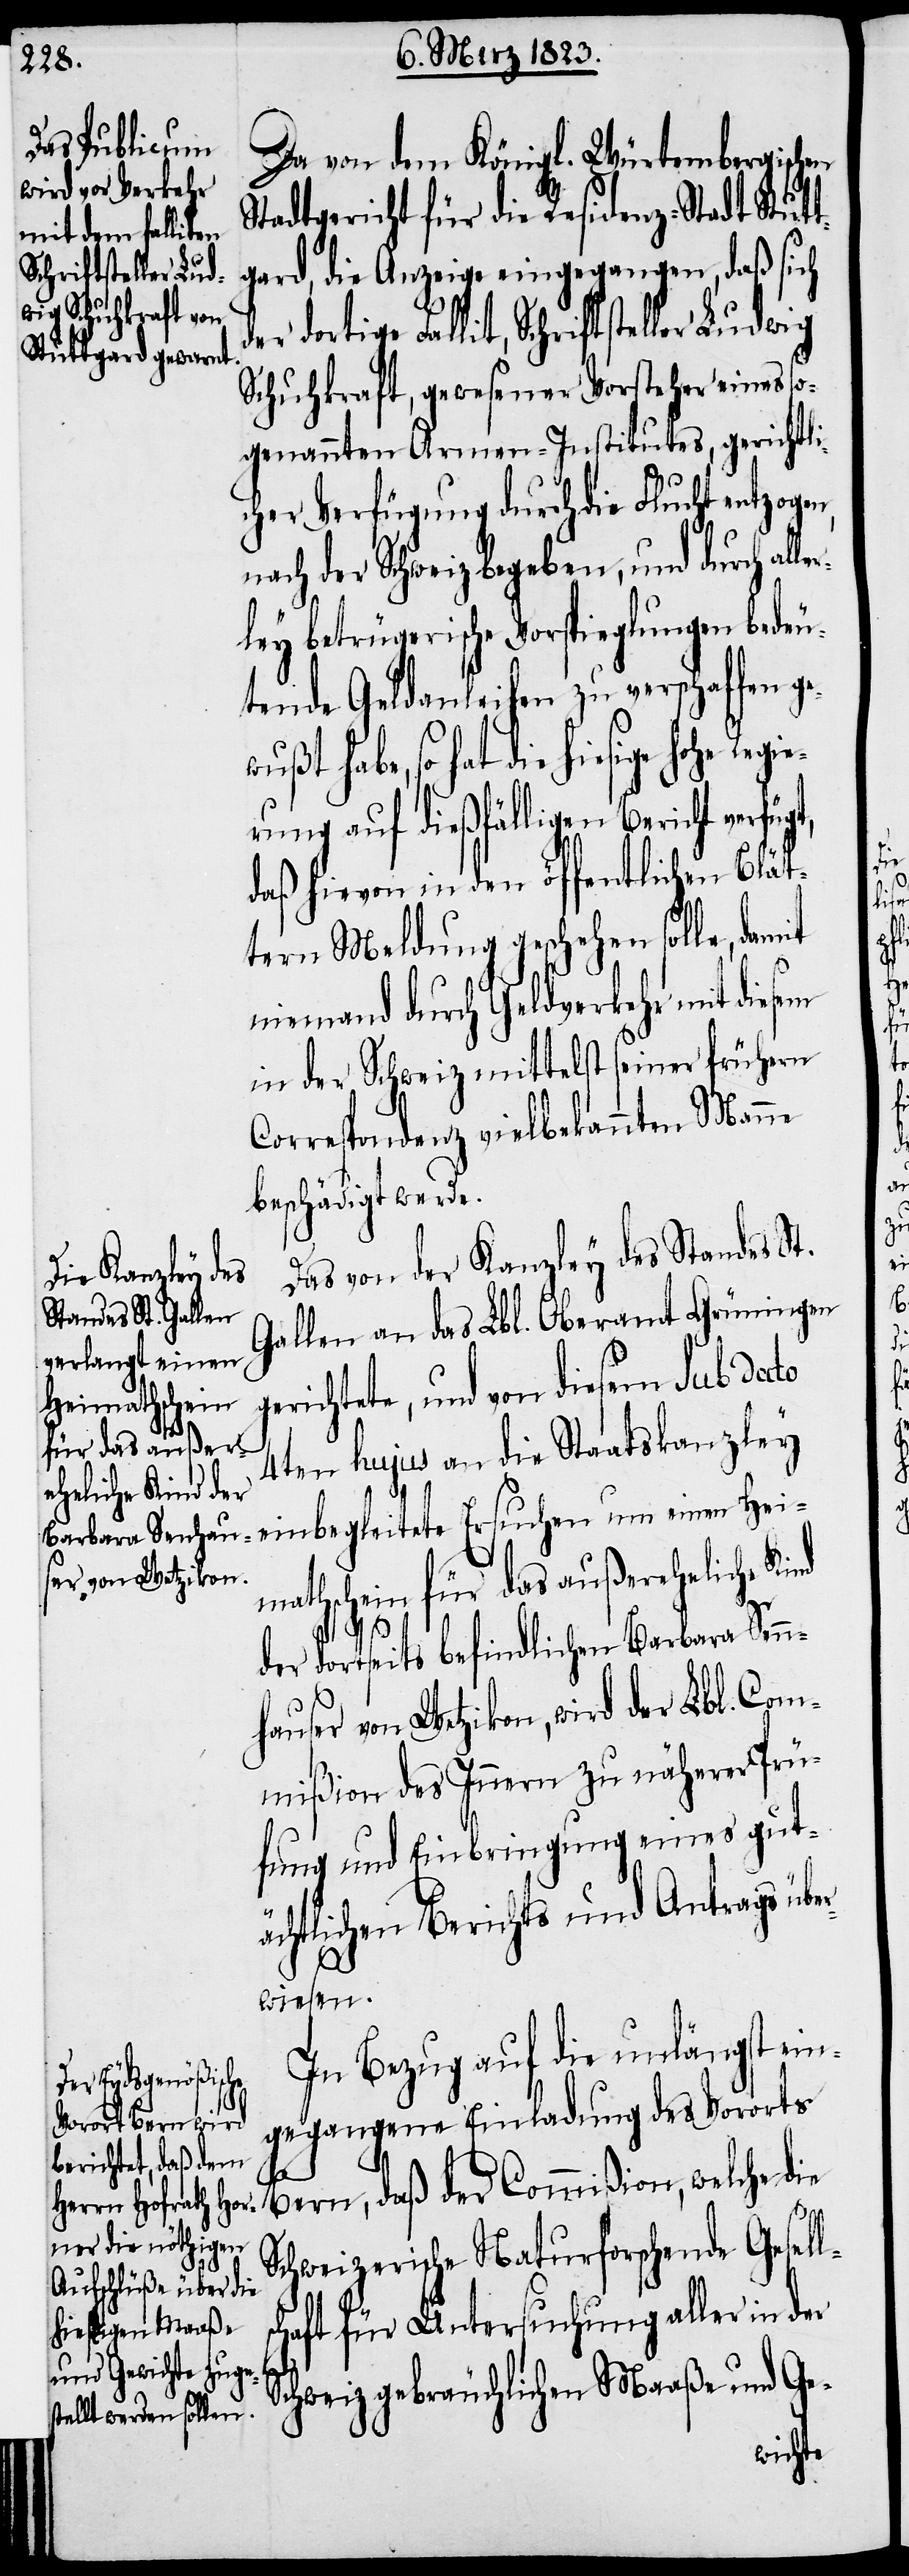
t,
Da von dem Königl. Würtembergischen
Stadtgericht für die Residenz-Stadt Stutt¬
gard, die Anzeige eingegangen, daß sich
e Fallit, Schriftsteller Ludwig
Schuhkraft, gewesener Vorsteher eines so¬
genannten Armen-Institutes, gerichtli¬
cher Verfügung durch die Flucht entzogen,
nach der Schweiz begeben, und durch alle¬
rley betrügerische Vorspieglungen bedeu¬
tende Geldanleihen zu verschaffen ge¬
einbegleitete Ersuchen um einen
rung auf dießfälligen Bericht verfüg¬
daß hievon in den öffentlichen Blät¬
tern Meldung geschehen solle, damit
niemand durch Geldverkehr mit
in der Schweiz mittelst seiner frühern
Correspondenz vielbekannten Manne
beschädigt werde.
Das von der Kanzley des Standes St.
Gallen an das Lbl. Oberamt Grüningen
tete, und von diesem sub dato
Heimathschein
für das außer¬
4ten hujus an die Staatskanzley
eheliche Kind
der dortseits befindlichen Barbara Senn¬
c!] von Wetzikon, wird der Lbl. Com¬
mißion des Innern zu näherer Prü¬
fung und Einbringung eines gut¬
ächtlichen Berichts und Antrags übe¬
rwiesen.
In Bezug auf die unlängst ein¬
gegangene Einladung des Vororts
hauser [si¬
Bern, daß der Commißion, welche die
Schweizerische Naturforschende Gesell¬
schaft für Untersuchung aller in der
Schweiz gebräuchlichen Maaße und Ge-